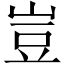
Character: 豈